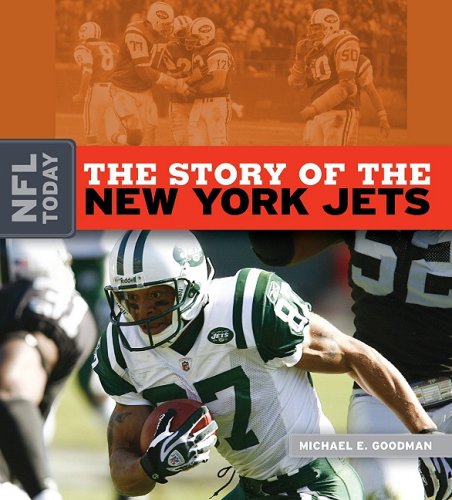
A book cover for The Story of the New York Jets (NFL Today (Creative Education Hardcover)); Michael E. Goodman; Teen & Young Adult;